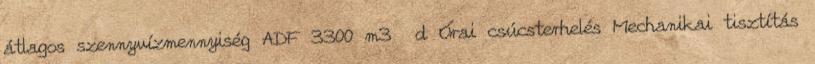
átlagos szennyvízmennyiség ADF 3300 m3 d Órai csúcsterhelés Mechanikai tisztítás